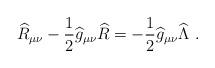
LaTeX: \begin{align*}{\widehat R}_{\mu\nu}-{1\over 2}{\widehat g}_{\mu\nu} {\widehat R}=-{1\over 2}{\widehat g}_{\mu\nu}{\widehat\Lambda}~.\end{align*}